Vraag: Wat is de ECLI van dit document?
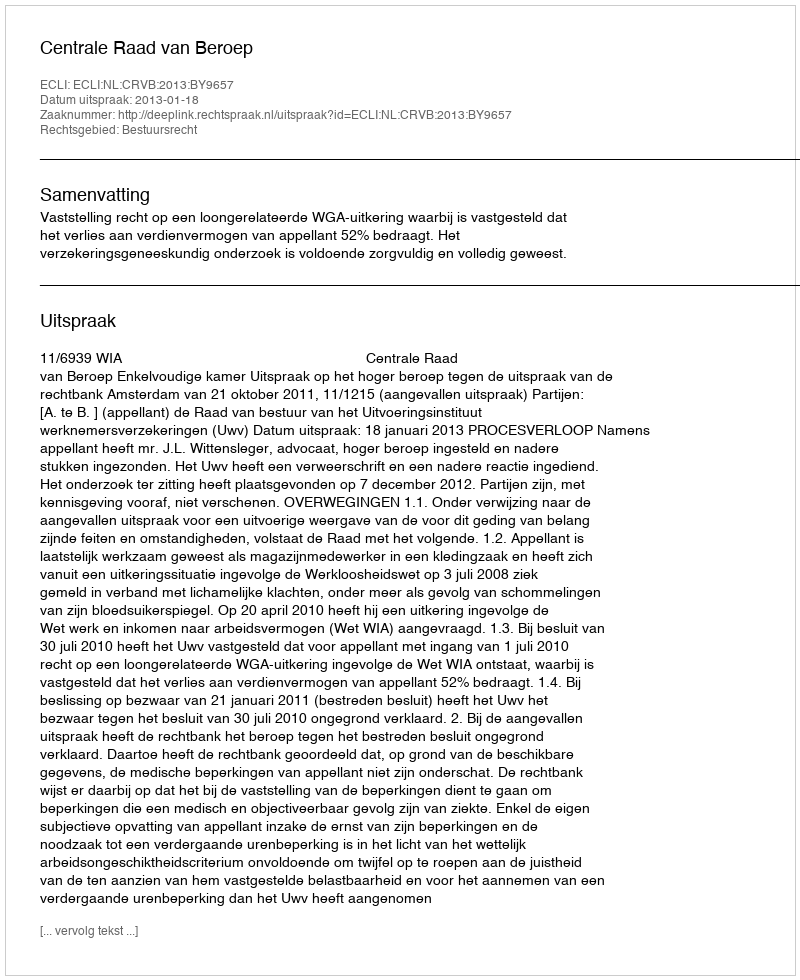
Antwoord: ECLI:NL:CRVB:2013:BY9657